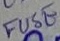
Text: FUSE